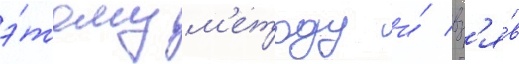
э́тому м'етоду и́ вз'я́в